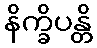
နိက္ခိပန္တိ